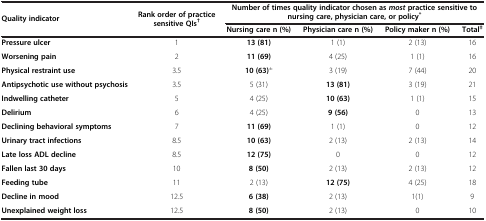
| <ROWSPAN=2> Quality indicator | <ROWSPAN=2> Rank order of practice sensitive QIs† | <COLSPAN=4> Number of times quality indicator chosen as most practice sensitive to nursing care, physician care, or policy* |
 | Nursing care n (%) | Physician care n (%) | Policy maker n (%) | Total‡ |
 | --- | --- | --- | --- | --- | --- |
 | Pressure ulcer | 1 | 13 (81) | 1 (1) | 2 (13) | 16 |
 | Worsening pain | 2 | 11 (69) | 4 (25) | 1 (1) | 16 |
 | Physical restraint use | 3.5 | 10 (63)± | 3 (19) | 7 (44) | 20 |
 | Antipsychotic use without psychosis | 3.5 | 5 (31) | 13 (81) | 3 (19) | 21 |
 | Indwelling catheter | 5 | 4 (25) | 10 (63) | 1 (1) | 15 |
 | Delirium | 6 | 4 (25) | 9 (56) | 0 | 13 |
 | Declining behavioral symptoms | 7 | 11 (69) | 1 (1) | 0 | 12 |
 | Urinary tract infections | 8.5 | 10 (63) | 2 (13) | 2 (13) | 14 |
 | Late loss ADL decline | 8.5 | 12 (75) | 0 | 0 | 12 |
 | Fallen last 30 days | 10 | 8 (50) | 2 (13) | 2 (13) | 12 |
 | Feeding tube | 11 | 2 (13) | 12 (75) | 4 (25) | 18 |
 | Decline in mood | 12.5 | 6 (38) | 2 (13) | 1(1) | 9 |
 | Unexplained weight loss | 12.5 | 8 (50) | 2 (13) | 0 | 10 |